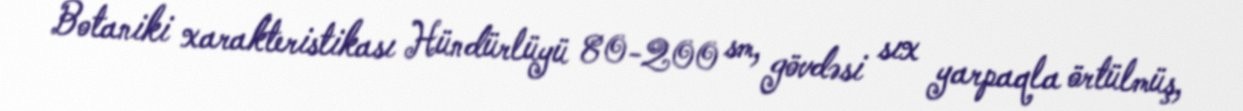
Botaniki xarakteristikası Hündürlüyü 80-200 sm, gövdəsi sıx yarpaqla örtülmüş,